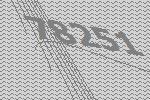
78251